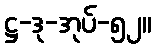
ဋ္ဌ-ဒု-အုပ်-၅၂။